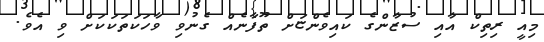
މިއީ ރިތިކް އާއި ސުޒާންގެ ކައިވެންޏަށް ތޫފާނެއް ގެނުވި ވާހަކަތަކަކަށް ވި އެވެ.